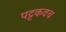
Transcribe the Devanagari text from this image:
पट्टकवच